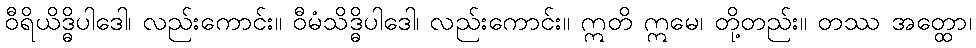
ဝီရိယိဒ္ဓိပါဒေါ၊ လည်းကောင်း။ ဝီမံသိဒ္ဓိပါဒေါ၊ လည်းကောင်း။ ဣတိ ဣမေ၊ တို့တည်း။ တဿ အတ္ထော၊